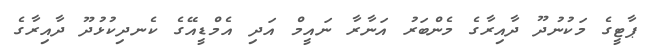
ޕާޓީގެ މަކުނުދޫ ދާއިރާގެ މެންބަރު އަނާރާ ނައީމް އަދި އެމްޑީއޭގެ ކެނދިކުޅުދޫ ދާއިރާގެ